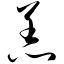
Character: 恙